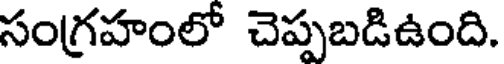
సంగ్రహంలో చెప్పబడిఉంది.